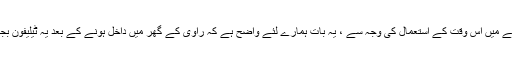
اس جملے میں اس وقت کے استعمال کی وجہ سے ، یہ بات ہمارے لئے واضح ہے کہ راوی کے گھر میں داخل ہونے کے بعد یہ ٹیلیفون بجنے لگا۔